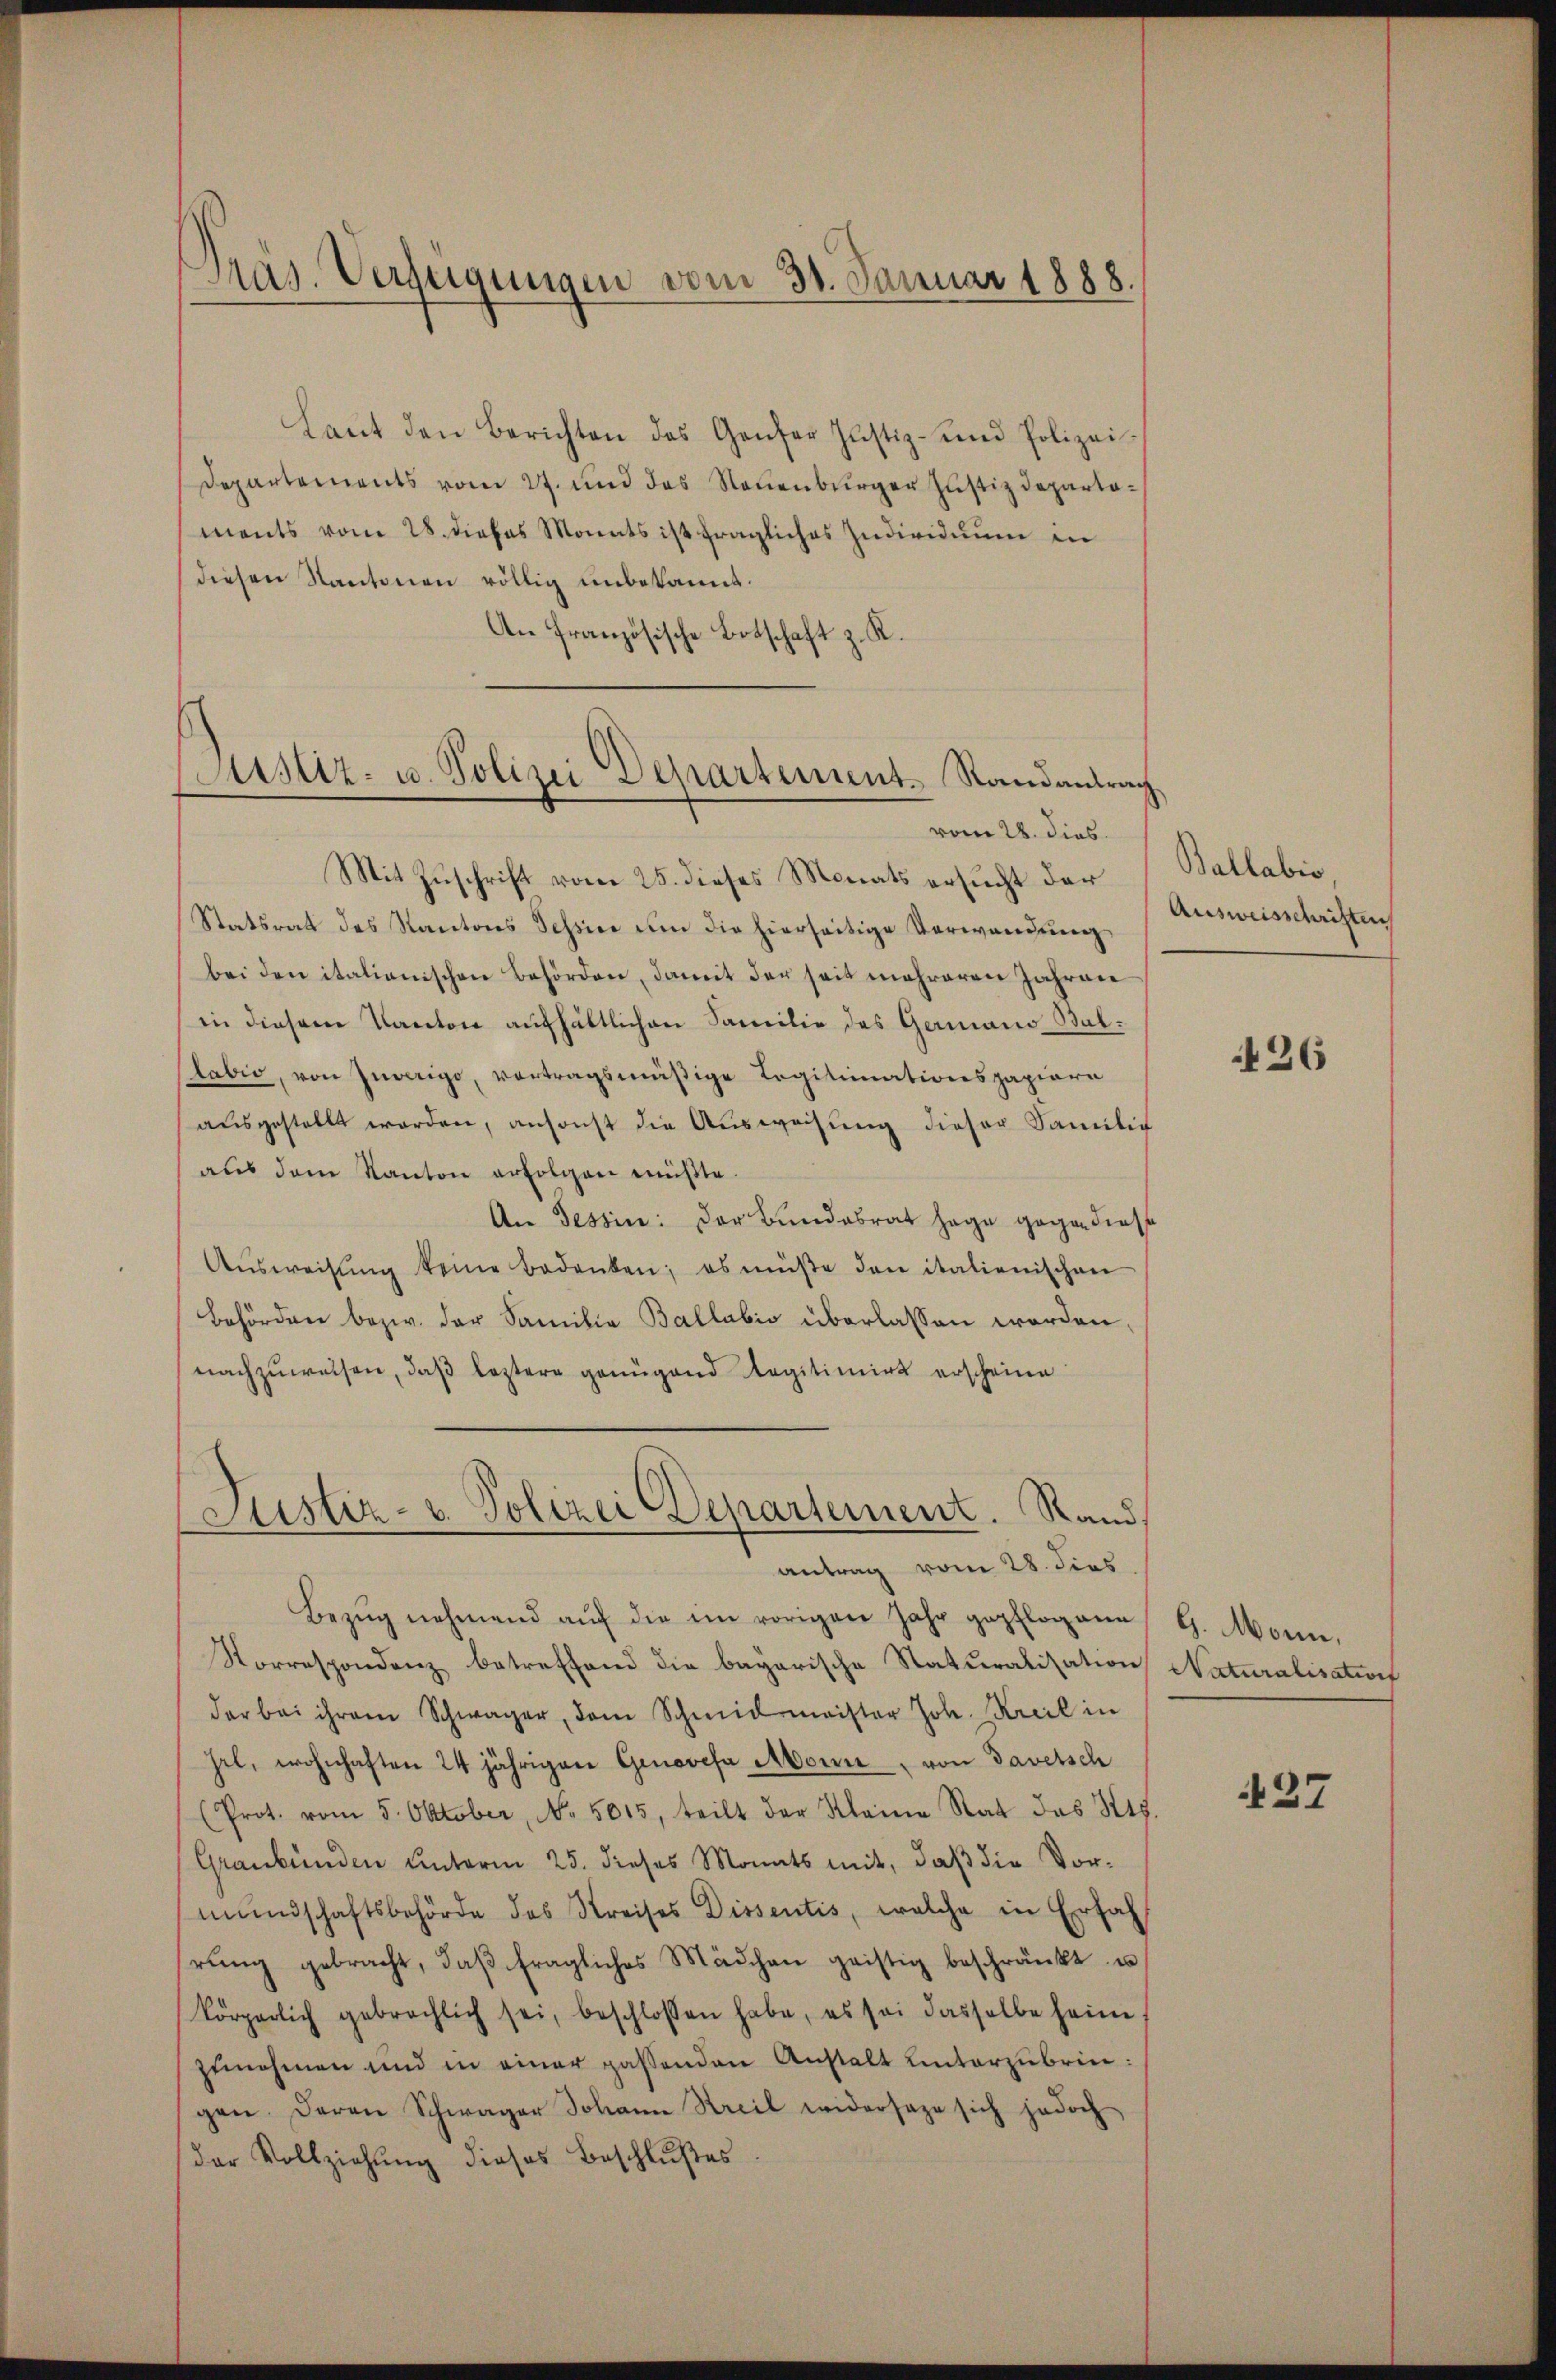
Laŭt den Berichten des Genfer Justiz- und Polizei-
Departements vom 27. und das Neuenburger Justizdepartoments vom 28. dieses Monats ist fragliches Individuum in
diesen Kantonen völlig unbekannt.
An Französische Botschaft z. K.

Präs. Verfügungen vom 30. Januar 1888.

Justiz- u. Polizei Departement Randantrag

Mit Zuschrift vom 25. dieses Monats ersucht der
Statsrat des Kantons Tessine um die hierseitige Verwandung
bei den italianischen Behörden, damit der seit mehreren Jahren
in diesem Kanton aufhältlichen Familie des Germano Bul¬
Stabio, von Zuwarigo, vortragsmäßige Legitimationspapiere
aŭsgestellt worden, ansonst die Aŭsweisŭng dieser Familie
aŭs dem Kanton erfolgen müßte.
An Tessin: Der Bundesrat sage gegen diese
Aŭsweisung keine Bedenken; es müße den italienischen
Behörden bezw. der Familie Ballabio überlassen worden,
nachzuweisen, daß letztere genügend Regitimirt erscheine
(Justiz- u. Polizei Departement. Rand.

vom 28. dies

antrag vom 28. dies

Bezŭg nehmend aŭf die im vorigen Jahr gepflogene G. Monn,
Sorrespondenz betreffend die bayerische Staturalisation Naturalisation
der bei ihrem Schwager, dem Schmidmeister Joh. Kreil in
hel, wohnhaften 24 jährigen Genovefa Monn, von Davetsch
(Prot. vom 5. Oktober, No. 5015, teilt der Kleine Rat das St.
(Graubünden unterm 25. dieses Monats mit, daβ die Vor-
mŭndschaftsbehörde des Kreises Dissentis, welche in Erfah
rŭng gebracht, daβ fragliches Mädchen geistig beschränkt u
körperlich gebrachlich sei, beschlossen habe, es sei dasselbe heim.
zŭnehmen und in einer passenden Anstalt unterzŭbringen. Deren Schwager Johann Kreil widersage sich jedoch
der Vollziehung dieses Beschlußes

Ballabio,
Ausweisschriften

436

427